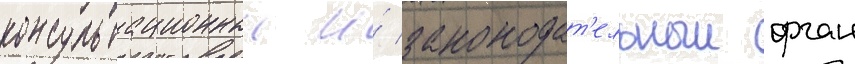
консультационныи и́ законодат'ельныи орган